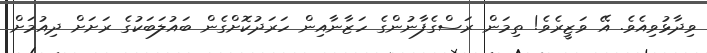
ވިދާޅުވިއެވެ. އޭ ވަޒީރެވެ! ތިމަން ރަސްގެފާނުންގެ ހަޒާނާއިން ހަރަދުކޮށްގެން ބައުލަބަކުގެ ރަށަށް ދިއުމަށް